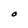
Character: O